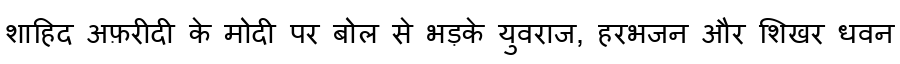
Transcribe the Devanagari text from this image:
शाहिद अफ़रीदी के मोदी पर बोल से भड़के युवराज, हरभजन और शिखर धवन